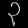
Digit: ၃